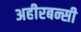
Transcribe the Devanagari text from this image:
अहीरबन्सी